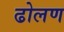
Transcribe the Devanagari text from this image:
ढोलण